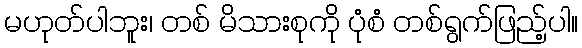
မဟုတ်ပါဘူး၊ တစ် မိသားစုကို ပုံစံ တစ်ရွက်ဖြည့်ပါ။